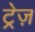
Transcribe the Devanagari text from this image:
ट्रेज़